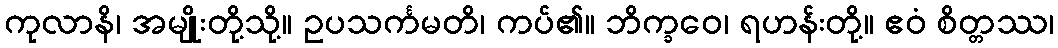
ကုလာနိ၊ အမျိုးတို့သို့။ ဥပသင်္ကမတိ၊ ကပ်၏။ ဘိက္ခဝေ၊ ရဟန်းတို့။ ဧဝံ စိတ္တဿ၊